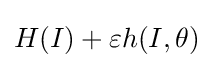
H(I)+\varepsilon h(I,\theta )